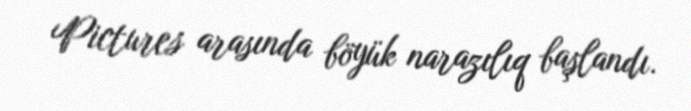
Pictures arasında böyük narazılıq başlandı.